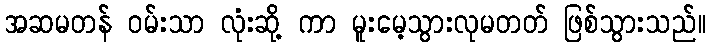
အဆမတန် ဝမ်းသာ လုံးဆို့ ကာ မူးမေ့သွားလုမတတ် ဖြစ်သွားသည်။